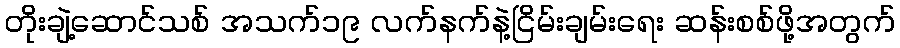
တိုးချဲ့ဆောင်သစ် အသက်၁၉ လက်နက်နဲ့ငြိမ်းချမ်းရေး ဆန်းစစ်ဖို့အတွက်